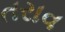
તરાવ